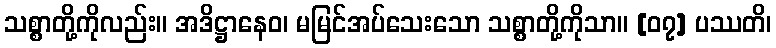
သစ္စာတို့ကိုလည်း။ အဒိဋ္ဌာနေဝ၊ မမြင်အပ်သေးသော သစ္စာတို့ကိုသာ။ [၀၇] ပဿတိ၊